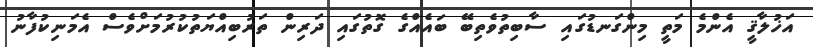
އަޚުލާޤީ އެންމެ މަތީ މިންގަނޑުގައި ސާބިތުވެތިބޭ ބައެއްގެ ގޮތުގައި ދަރިން ތަރުބިއްޔަތުކުރުމަށްވެސް އެމަނިކުފާނު